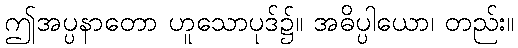
ဤအပ္ပနာတော ဟူသောပုဒ်၌။ အဓိပ္ပါယော၊ တည်း။